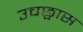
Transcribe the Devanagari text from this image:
उचछ्वास